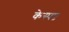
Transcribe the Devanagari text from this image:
केस्पष्ट